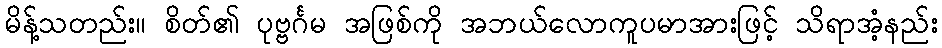
မိန့်သတည်း။ စိတ်၏ ပုဗ္ဗင်္ဂမ အဖြစ်ကို အဘယ်လောကူပမာအားဖြင့် သိရာအံ့နည်း